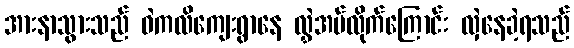
အားနာသွားသည် ဝဲကလိကျေးရွာနေ လွှဲအပ်လိုက်ကြောင်း လှဲနေခဲ့ရသည်